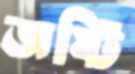
জষ্টি